Report of the King Institute of Preventive Medicine, Guindy
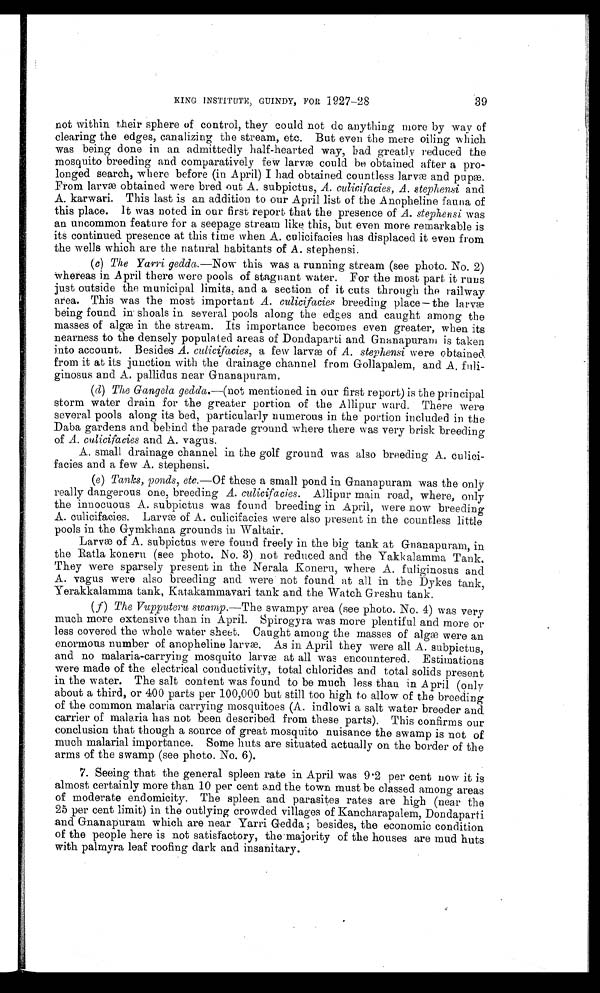
KING INSTITUTE, GUINDY, FOR 1927-28
39
not within their sphere of control, they could not do anything more by way of
clearing the edges, canalizing the stream, etc. But even the mere oiling which
was being done in an admittedly half-hearted way, bad greatly reduced the
mosquito breeding and comparatively few larvæ could be obtained after a pro-
longed search, where before (in April) I had obtained countless larvæ and pupæ.
From larvæ obtained were bred out A. subpictus, culicifacies, A. stephensi and
A. karwari. This last is an addition to our April list of the Anopheline fauna of
this place. It was noted in our first report that the presence of A. stepheisi was
an uncommon feature for a seepage stream like this, but even more remarkable is
its continued presence at this time when A. culicifacies has displaced it even from
the wells which are the natural habitants of A. stephensi.
(c) The Yarri gedda.—Now this was a running stream (see photo. No. 2)
whereas in April there were pools of stagnant water. For the most part it runs
just outside the municipal limits, and a section of it cuts through the railway
area. This was the most important A. culicifacies breeding place—the larvæ
being found in shoals in several pools along the edges and caught among the
masses of algæ in the stream. Its importance becomes even greater, when its
nearness to the densely populated areas of Dondaparti and Gnanapuram is taken
into account. Besides A. culicifacies, a few larvæ of A. stephensi were obtained.
from it at its junction with the drainage channel from Gollapalem, and A. fuli-
ginosus and A. pallidus near Gnanapuram,
(d) The Gangela gedda.—(not mentioned in our first report) is the principal
storm water drain for the greater portion of the Allipur ward. There were
several pools along its bed, particularly numerous in the portion included in the
Daba gardens and behind the parade ground where there was very brisk breeding
of A. culicifacies and A. vagus.
A. small drainage channel in the golf ground was also breeding A. culici-
facies and a few A. stephensi.
(e) Tanks, ponds, etc.—Of these a small pond in Gnanapuram was the only
really dangerous one, breeding A. culicifacies. Allipur main road, where, only
the innocuous A. subpictus was found breeding in April, were now breeding
A. culicifacies. Larvæ of A. culicifacies were also present in the countless little
pools in the Gymkhana grounds in Waltair.
Larvæ of A. subpictus were found freely in the big tank at Gnanapuram, in
the Ratla koneru (see photo. No. 3) not reduced and the Yakkalamma Tank.
They were sparsely present in the Nerala Koneru, where A. fuliginosus and
A. vagus were also breeding and were not found at all in the Dykes tank,
Yerakkalamma tank, Katakammavari tank and the Watch Greshu tank.
(f) The Vupputeru swamp.—The swampy area (see photo. No. 4) was very
much more extensive than in April. Spirogyra was more plentiful and more or
less covered the whole water sheet. Caught among the masses of algæ were an
enormous number of anopheline larvæ. As in April they were all A. subpictus,
and no malaria-carrying mosquito larvæ at all was encountered. Estimations
were made of the electrical conductivity, total chlorides and total solids present
in the water. The salt content was found to be much less than in April (only
about a third, or 400 parts per 100,000 but still too high to allow of the breeding
of the common malaria carrying mosquitoes (A. indlowi a salt water breeder and
carrier of malaria has not been described from these parts). This confirms our
conclusion that though a source of great mosquito nuisance the swamp is not of
much malarial importance. Some huts are situated actually on the border of the
arms of the swamp (see photo. No. 6).
7. Seeing that the general spleen rate in April was 9.2 per cent now it is
almost certainly more than 10 per cent and the town must be classed among areas
of moderate endomicity. The spleen and parasites rates are high (near the
25 per cent limit) in the outlying crowded villages of Kancharapalem, Dondaparti
and Gnanapuram which are near Yarri Gedda; besides, the economic condition
of the people here is not satisfactory, the majority of the houses are mud huts
with palmyra leaf roofing dark and insanitary.